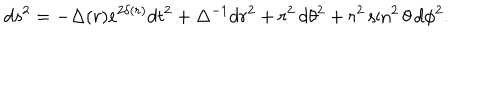
d s ^ { 2 } = - \Delta ( r ) e ^ { 2 \delta ( r ) } d t ^ { 2 } + \Delta ^ { - 1 } d r ^ { 2 } + r ^ { 2 } \, d \theta ^ { 2 } + r ^ { 2 } \sin ^ { 2 } \theta \, d \phi ^ { 2 } .